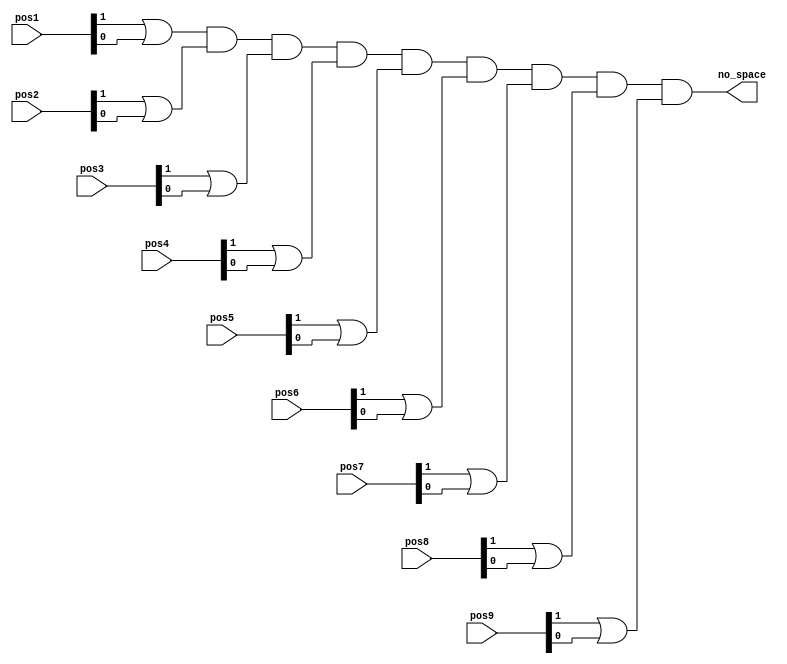
module nospace_detector(pos1,pos2,pos3,pos4,pos5,pos6,pos7,pos8,pos9, no_space);
input[1:0] pos1,pos2,pos3,pos4,pos5,pos6,pos7,pos8,pos9;
output wire no_space;
wire temp1,temp2,temp3,temp4,temp5,temp6,temp7,temp8,temp9;
// detect no more space     
assign temp1 = pos1[1] | pos1[0]; //gets the position of either player and fills it as a temp.
assign temp2 = pos2[1] | pos2[0];
assign temp3 = pos3[1] | pos3[0];
assign temp4 = pos4[1] | pos4[0];
assign temp5 = pos5[1] | pos5[0];
assign temp6 = pos6[1] | pos6[0];
assign temp7 = pos7[1] | pos7[0];
assign temp8 = pos8[1] | pos8[0];
assign temp9 = pos9[1] | pos9[0];
// output
assign no_space =((((((((temp1 & temp2) & temp3) & temp4) & temp5) & temp6) & temp7) & temp8) & temp9);
endmodule